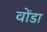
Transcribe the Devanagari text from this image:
वोंडा